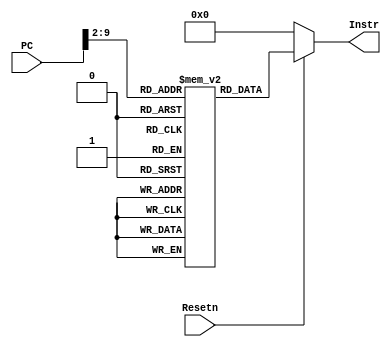
module InstMem(
    input [31:0] PC,
    input Resetn,
    
    output reg [31:0] Instr
);

reg [31:0] instMem_text[0:255];

initial begin
        instMem_text[0]<=32'b00000000000100000010000010000011; //00102083 lw DM 1 to rs 1
        instMem_text[1]<=32'b00000000001000000010000100000011; //00202103 lw DM 2 to rs 2
        instMem_text[2]<=32'b00000000001100000010000110000011; //00302183 lw DM 3 to rs 3
        instMem_text[3]<=32'b00000000010000000010001000000011; //00402203 lw DM 4 to rs 4
        instMem_text[4]<=32'b00000000001100010000001010110011; //003102b3 add rs 2 + rs 3 to rs 5
        instMem_text[5]<=32'b00000000010100000010010100100011; //00502523 sw rs 5 to DM 10
        instMem_text[6]<=32'b01000000000100101000001100110011; //40128333 sub rs 5 - rs 1 to rs 6 
        instMem_text[7]<=32'b00000000001000001010001110110011; //0020a3b3  slt rs 1 < rs 2 ? 1 : 0 (1)  (to rs 7  = 1)
        instMem_text[8]<=32'b00000000000100010011010000110011; //00113433 sltu rs 2 < rs 1 ? 1 : 0 (0)  (to rs 8  = 0)
        instMem_text[9]<=32'b00000000000100011110010010010011;  //0011e493 ori imm 1 ^ rs 3 to rs 9  = 2
        instMem_text[10]<=32'b00000000000000000001010100110111; //00001537 lui imm 1 << 12 to rs 10  = 1 << 12
        instMem_text[11]<=32'b11111100000100111000100011100011; //fc1388e3 beq rs 1 == rs 7 ? jump to 0
        instMem_text[12]<=32'b00000010000000000000000011101111; //020000ef jal + 8'4;
        instMem_text[13]<=32'h0000_0000;
        instMem_text[14]<=32'h0000_0000;
        instMem_text[15]<=32'h0000_1111;
        instMem_text[16]<=32'h0001_0000;
        instMem_text[17]<=32'h0001_0001;
        instMem_text[18]<=32'h0000_0000;
        instMem_text[19]<=32'h0000_0000;
        instMem_text[20]<=32'h0000_0000;
        instMem_text[21]<=32'h0000_0000;

end  
   
       
/* initial $readmemh("e:/coding/Fpga_project_digital/pipelineCPU/Instr.txt",instMem_text); */

always @(*) begin
        if(!Resetn)
            Instr<=0;
        else
            Instr <= instMem_text[PC[9:2]];
    end
endmodule